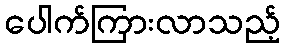
ပေါက်ကြားလာသည့်